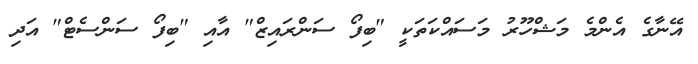
އޭނާގެ އެންމެ މަޝްހޫރު މަސައްކަތަކީ "ބިފޯ ސަންރައިޒް" އާއި "ބިފޯ ސަންސެޓް" އަދި